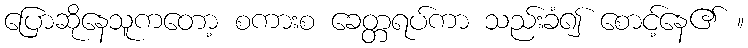
ပြောဆိုနေသူကတော့ စကားစ ခေတ္တရပ်ကာ သည်းခံ၍ စောင့်နေ၏ ။